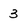
Character: 3